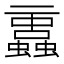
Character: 𧔁